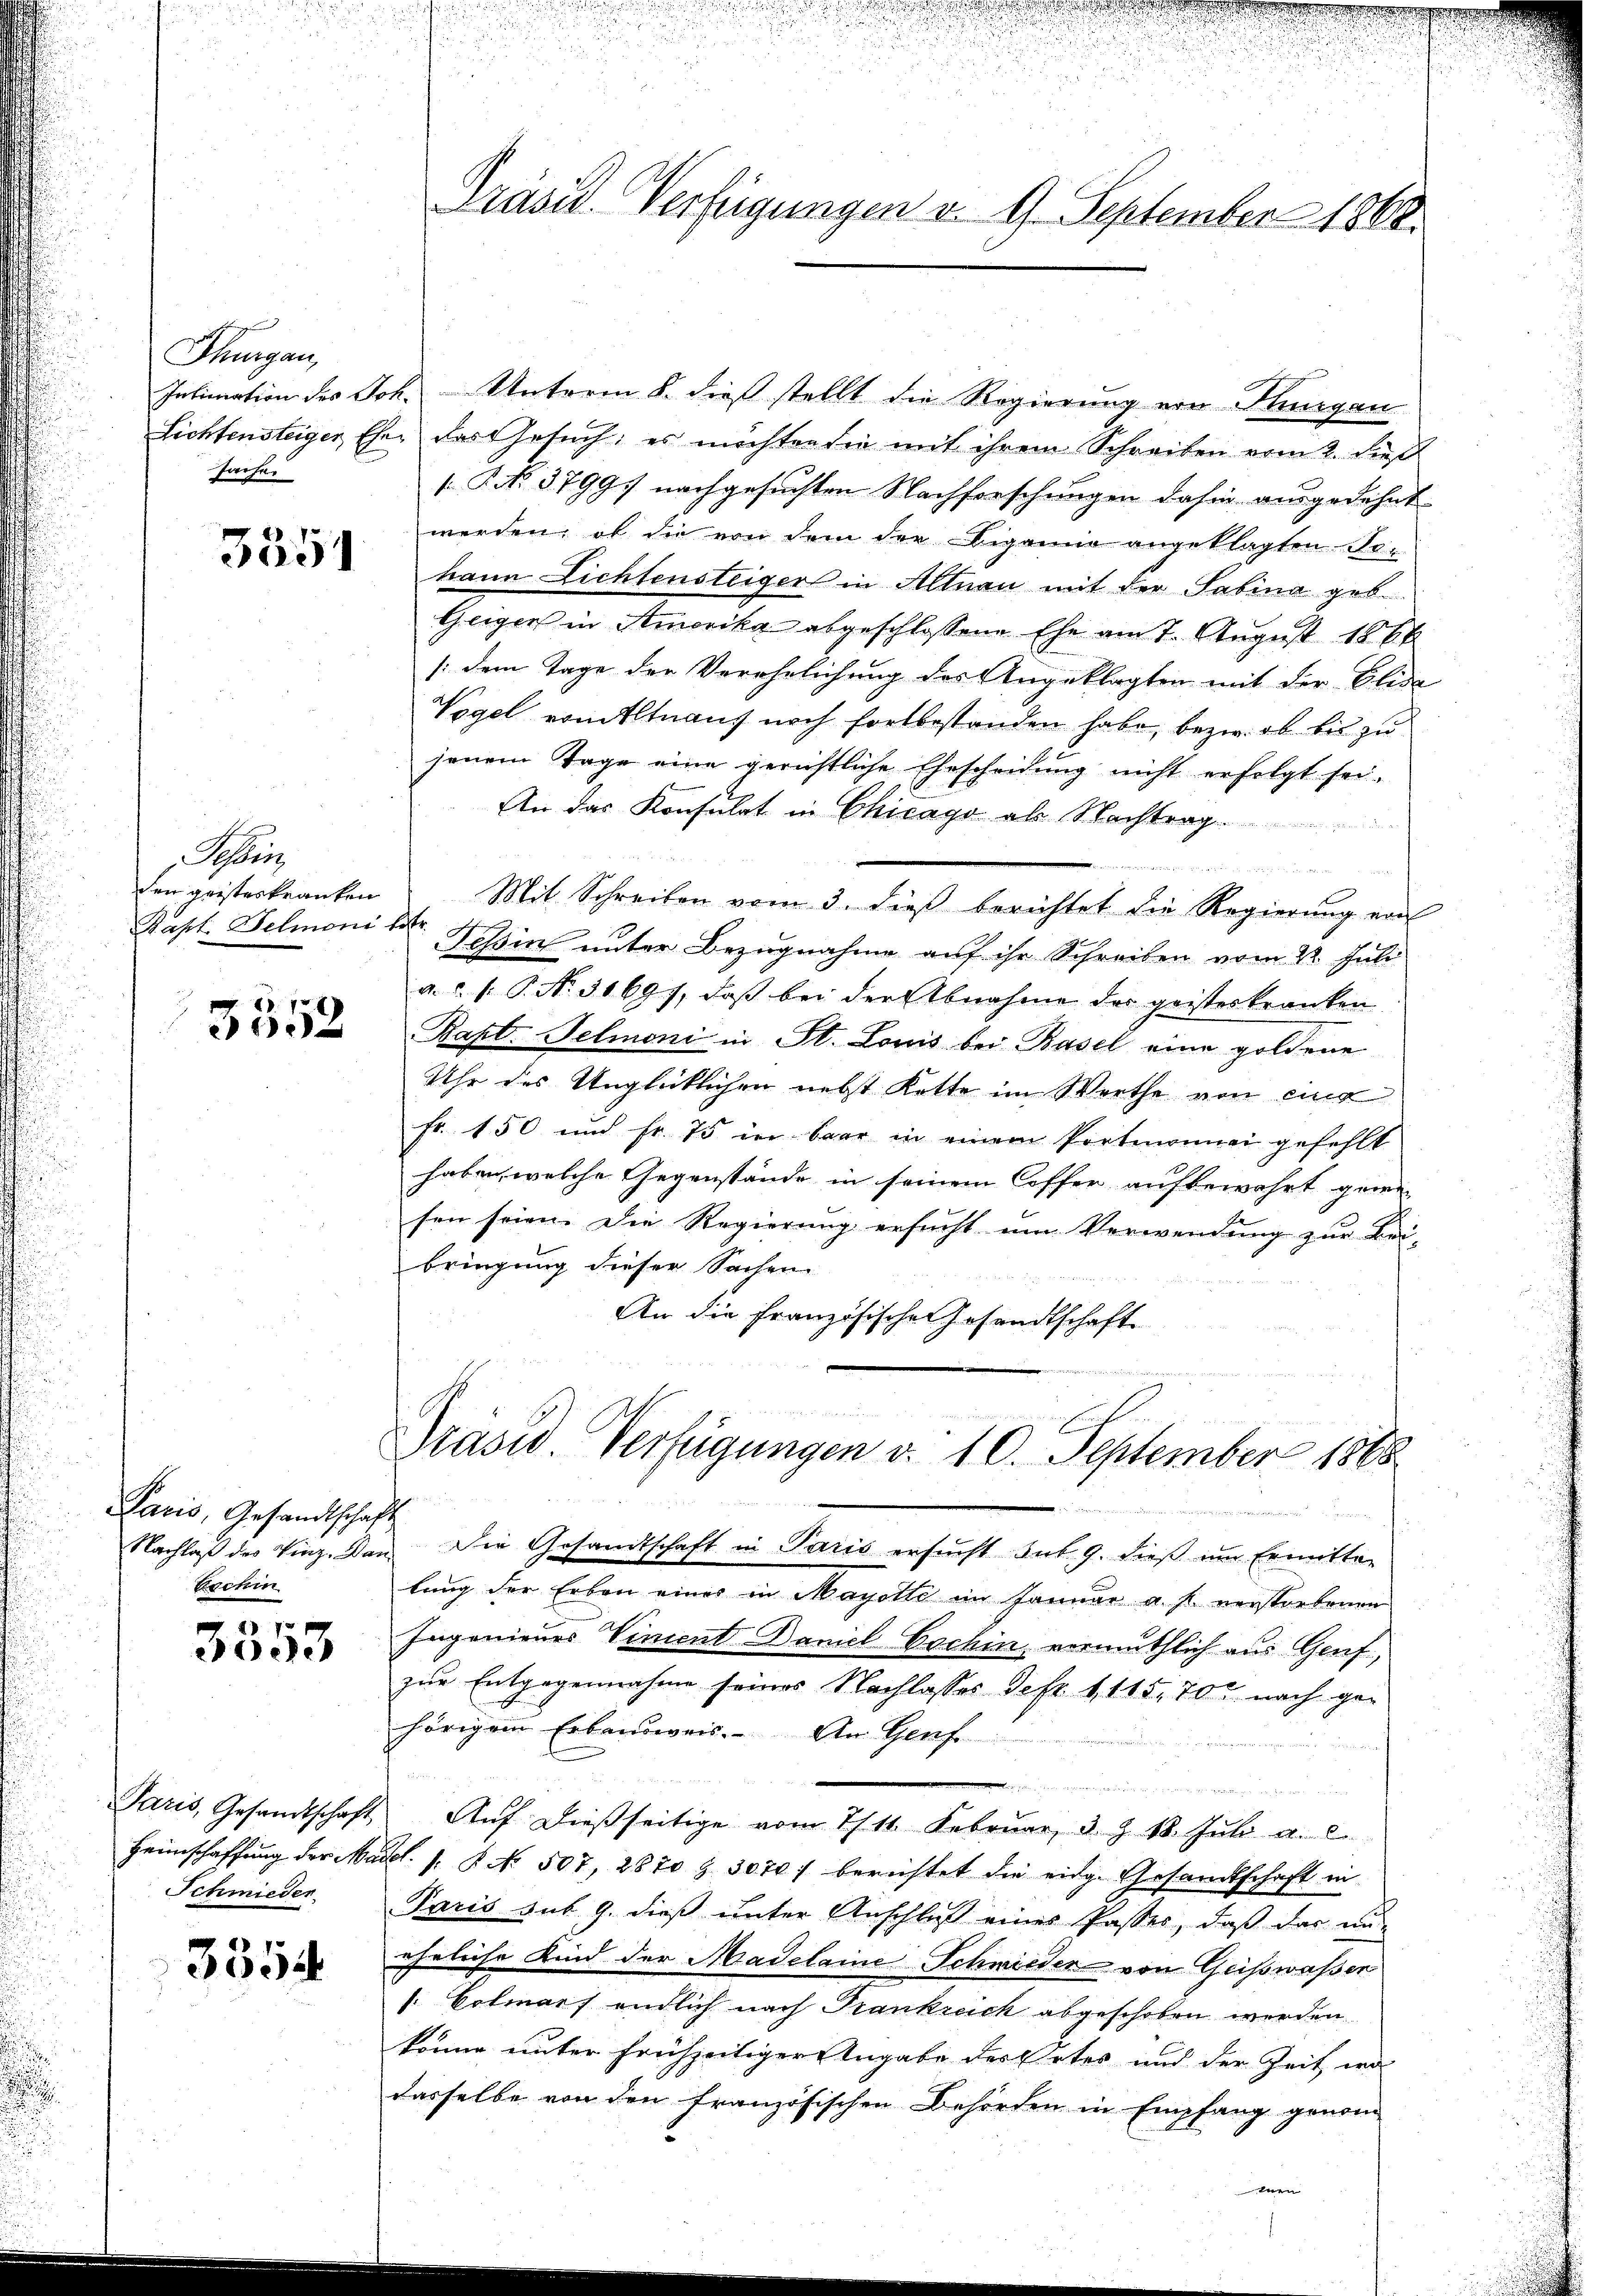
Thurgau,
sache

3351

Wer
den geisteskranken
Bapt. Belmoni 1

3352

Paris, Gesandtschaft
Zechin

8
3053

Paris, Gesandtschaft,
Heimschaffung der Ma¬
Schmieder

3354

Präsid. Verfügungen v. 9. September 1860.

Intimation des Joh. Unterm 8. dieß stellt die Regierung von Thurgau
Lichtensteiger Eher das Gesuch, es möchten die mit ihrem Schreiben vom 2. dieß
s P. No. 3799. nachgesuchten Nachforschungen dahin ausgedehnt
werden, ob die von dem der Biganno angeklagten Tei-
kann Lichtensteiger in Altnau mit der Sabina geb.
Geigen in Amerika abgeschlossene Ehe am 7. August 1868
(dem Tage der Verehelichung des Angeklagten mit der Elisa
Vogel vomtltnant noch fortbestanden habe, bezw. ob bis zu
jenem Tage eine gerichtliche Ehescheidung nicht erfolgt sei.
An das Konsulat in Chicago al Nachtrag

Mit Schreiben vom 3. dieß berichtet die Regierung von
.
Tessin unter Bezugnahme auf ihr Schreiben vom 22. Juli
a.c. s. S. N. 31697, daß bei der Abnahme des geisteskranken
Rapt. Telmoni in St. Louis bei Basel eine goldene
Uhr des Unglücklichen nebst Kette im Werthe von eing
Fr. 150 und Fr. 75 in baar in einem Portmonnai gefehlt
haben, welche Gegenstände in seinem Coffer aufbewahrt geren-
sen seien. Die Regierung ersucht um Verwendung zur Bei-
bringung dieser Sachen
An die Französische Gesandtschaft

Präses Verfügungen d. 10. September 1888

Gemeinen
Nachlaß des Vinz. Dann Die Gesandtschaft in Paris ersucht sub. 9. dieß um Ermitter
lung der Erben einer in Mayolte im Januar a. f. verstorbenen
Ingenieurs Viment Daniel Cochin, vermuthlich aus Genf,
zur Entgegennahme seines Nachlasses Defr. 1115, 700 nach gehörigem Erbandweis. An Genf
.
Auf dießseitige vom 1/11. Februar, d. J. 18. Juli a. c.
Bl. 1. No. 507, 2870 Z. 30707 berichtet die eidge Gesandtschaft in
Paris sub 9. dieß unter Anschluß eines Passer, daß das un
eheliche Kind der Madelaine Schmieder von Geisswassen
: Cotmarf endlich nach Frankreich abgeschoben werden
könne unter frühzeitiger Angabe des Ertes und der Zeit wa
dasselbe von den französischen Behörden in Empfang genom
hnen